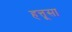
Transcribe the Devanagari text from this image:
हत्तूसा